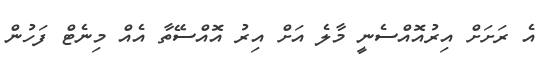
އެ ރަށަށް އިރުއޮއްސެނީ މާލެ އަށް އިރު އޮއްސޭތާ އެއް މިނެޓް ފަހުން